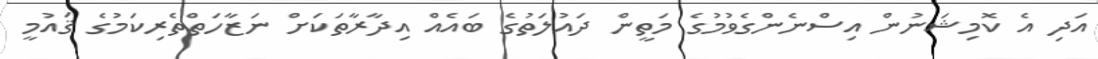
އަދި އެ ކޮމިޝަނުން އިސްނެންގެވުމުގެ މަތީން ދައުލަތުގެ ބައެއް އިދާރާތަކަށް ނަޒާހަތްތެރިކަމުގެ ޤައުމީ